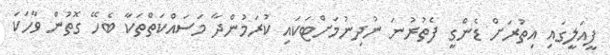
ފީއަލީގައި އިތުރަށް ޑެންގީ ފެތުރުނަ ނުދިނުމަށްޓަކައި ކުރަމުންދާ މަސައްކަތްތަކާ ބެހޭ ގޮތުން ވާހަކަ